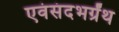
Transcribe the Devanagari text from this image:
एवंसंदभर्ग्रंथ